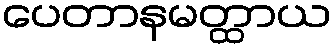
ပေတာနမတ္ထာယ